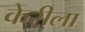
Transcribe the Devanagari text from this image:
केरीला